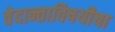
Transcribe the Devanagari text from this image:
वेदान्ताविषयीचा